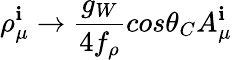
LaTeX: \rho_{\mu}^{\mathbf{i}}\rightarrow{\frac{{g_{W}}}{{4f_{\rho}}}}cos\theta_{C}A_{\mu}^{\mathbf{i}}